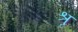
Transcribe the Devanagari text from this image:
श्रृ